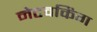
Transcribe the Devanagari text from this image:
नेटवकिंग